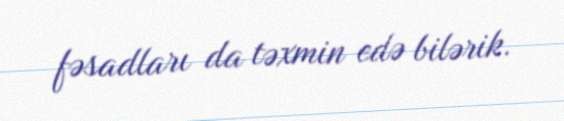
fəsadları da təxmin edə bilərik.